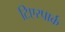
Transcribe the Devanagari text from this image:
टिएरपार्क